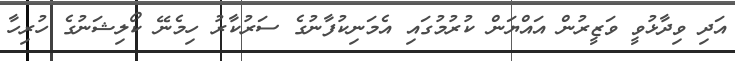
އަދި ވިދާޅުވީ ވަޒީރުން އައްޔަން ކުރުމުގައި އެމަނިކުފާނުގެ ސަރުކާރު ހިމެނޭ ކޯލިޝަނުގެ ހުރިހާ